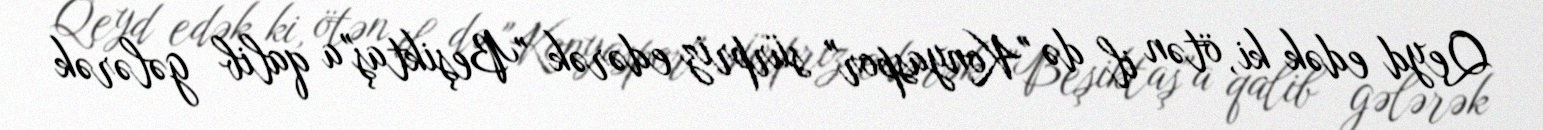
Qeyd edək ki, ötən il də "Konyaspor" sürpriz edərək "Beşiktaş"a qalib gələrək